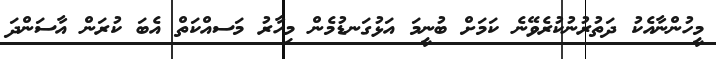
މީހުންނާއެކު ދަތުރުނުކުރެވޭނެ ކަމަށް ބުނީމަ އަޅުގަނޑުމެން މިހާރު މަސއްކަތް އެބަ ކުރަން އާސަންދަ